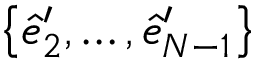
\big \{ \hat { e } _ { 2 } ^ { \prime } , \dots , \hat { e } _ { N - 1 } ^ { \prime } \big \}